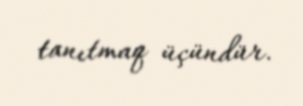
tanıtmaq üçündür.